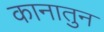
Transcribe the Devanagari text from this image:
कानातुन